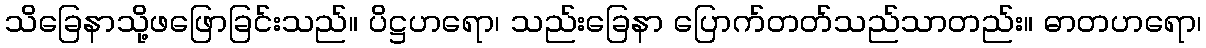
သိခြေနာသို့ဖဖြောခြင်းသည်။ ပိဋ္ဌဟရော၊ သည်းခြေနာ ပြောက်တတ်သည်သာတည်း။ ဓာတဟရော၊